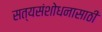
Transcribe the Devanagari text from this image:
सत्यसंशोधनासाठी